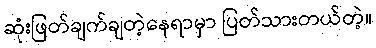
ဆုံးဖြတ်ချက်ချတဲ့နေရာမှာ ပြတ်သားတယ်တဲ့။